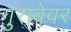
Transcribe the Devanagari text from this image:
गुराबेवर